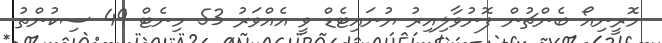
މޮރީނިއޯ ބެންޗުން ފޮނުވާލިއިރު ޔުނައިޓެޑް ވީ އެއްވަރު 53 މިނެޓް 49 ސިކުންތު